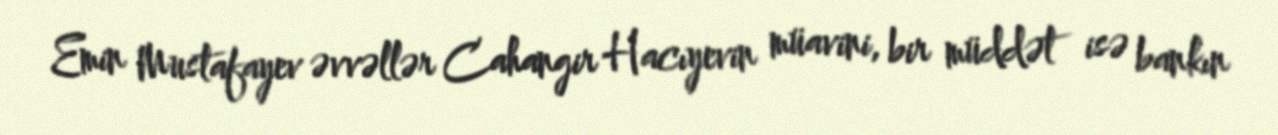
Emin Mustafayev əvvəllər Cahangir Hacıyevin müavini, bir müddət isə bankın